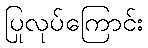
ပြုလုပ်ကြောင်း